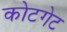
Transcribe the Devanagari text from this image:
कोटगेट